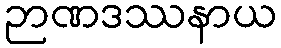
ဉာဏဒဿနာယ